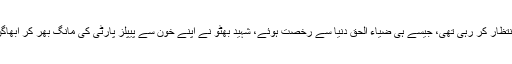
پیپلز پارٹی وقت کا انتظار کر رہی تھی، جیسے ہی ضیاء الحق دنیا سے رخصت ہوئے، شہید بھٹو نے اپنے خون سے پیپلز پارٹی کی مانگ بھر کر ابھاگن سے سہاگن بنا دیا۔